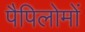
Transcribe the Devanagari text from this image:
पैपिलोमों